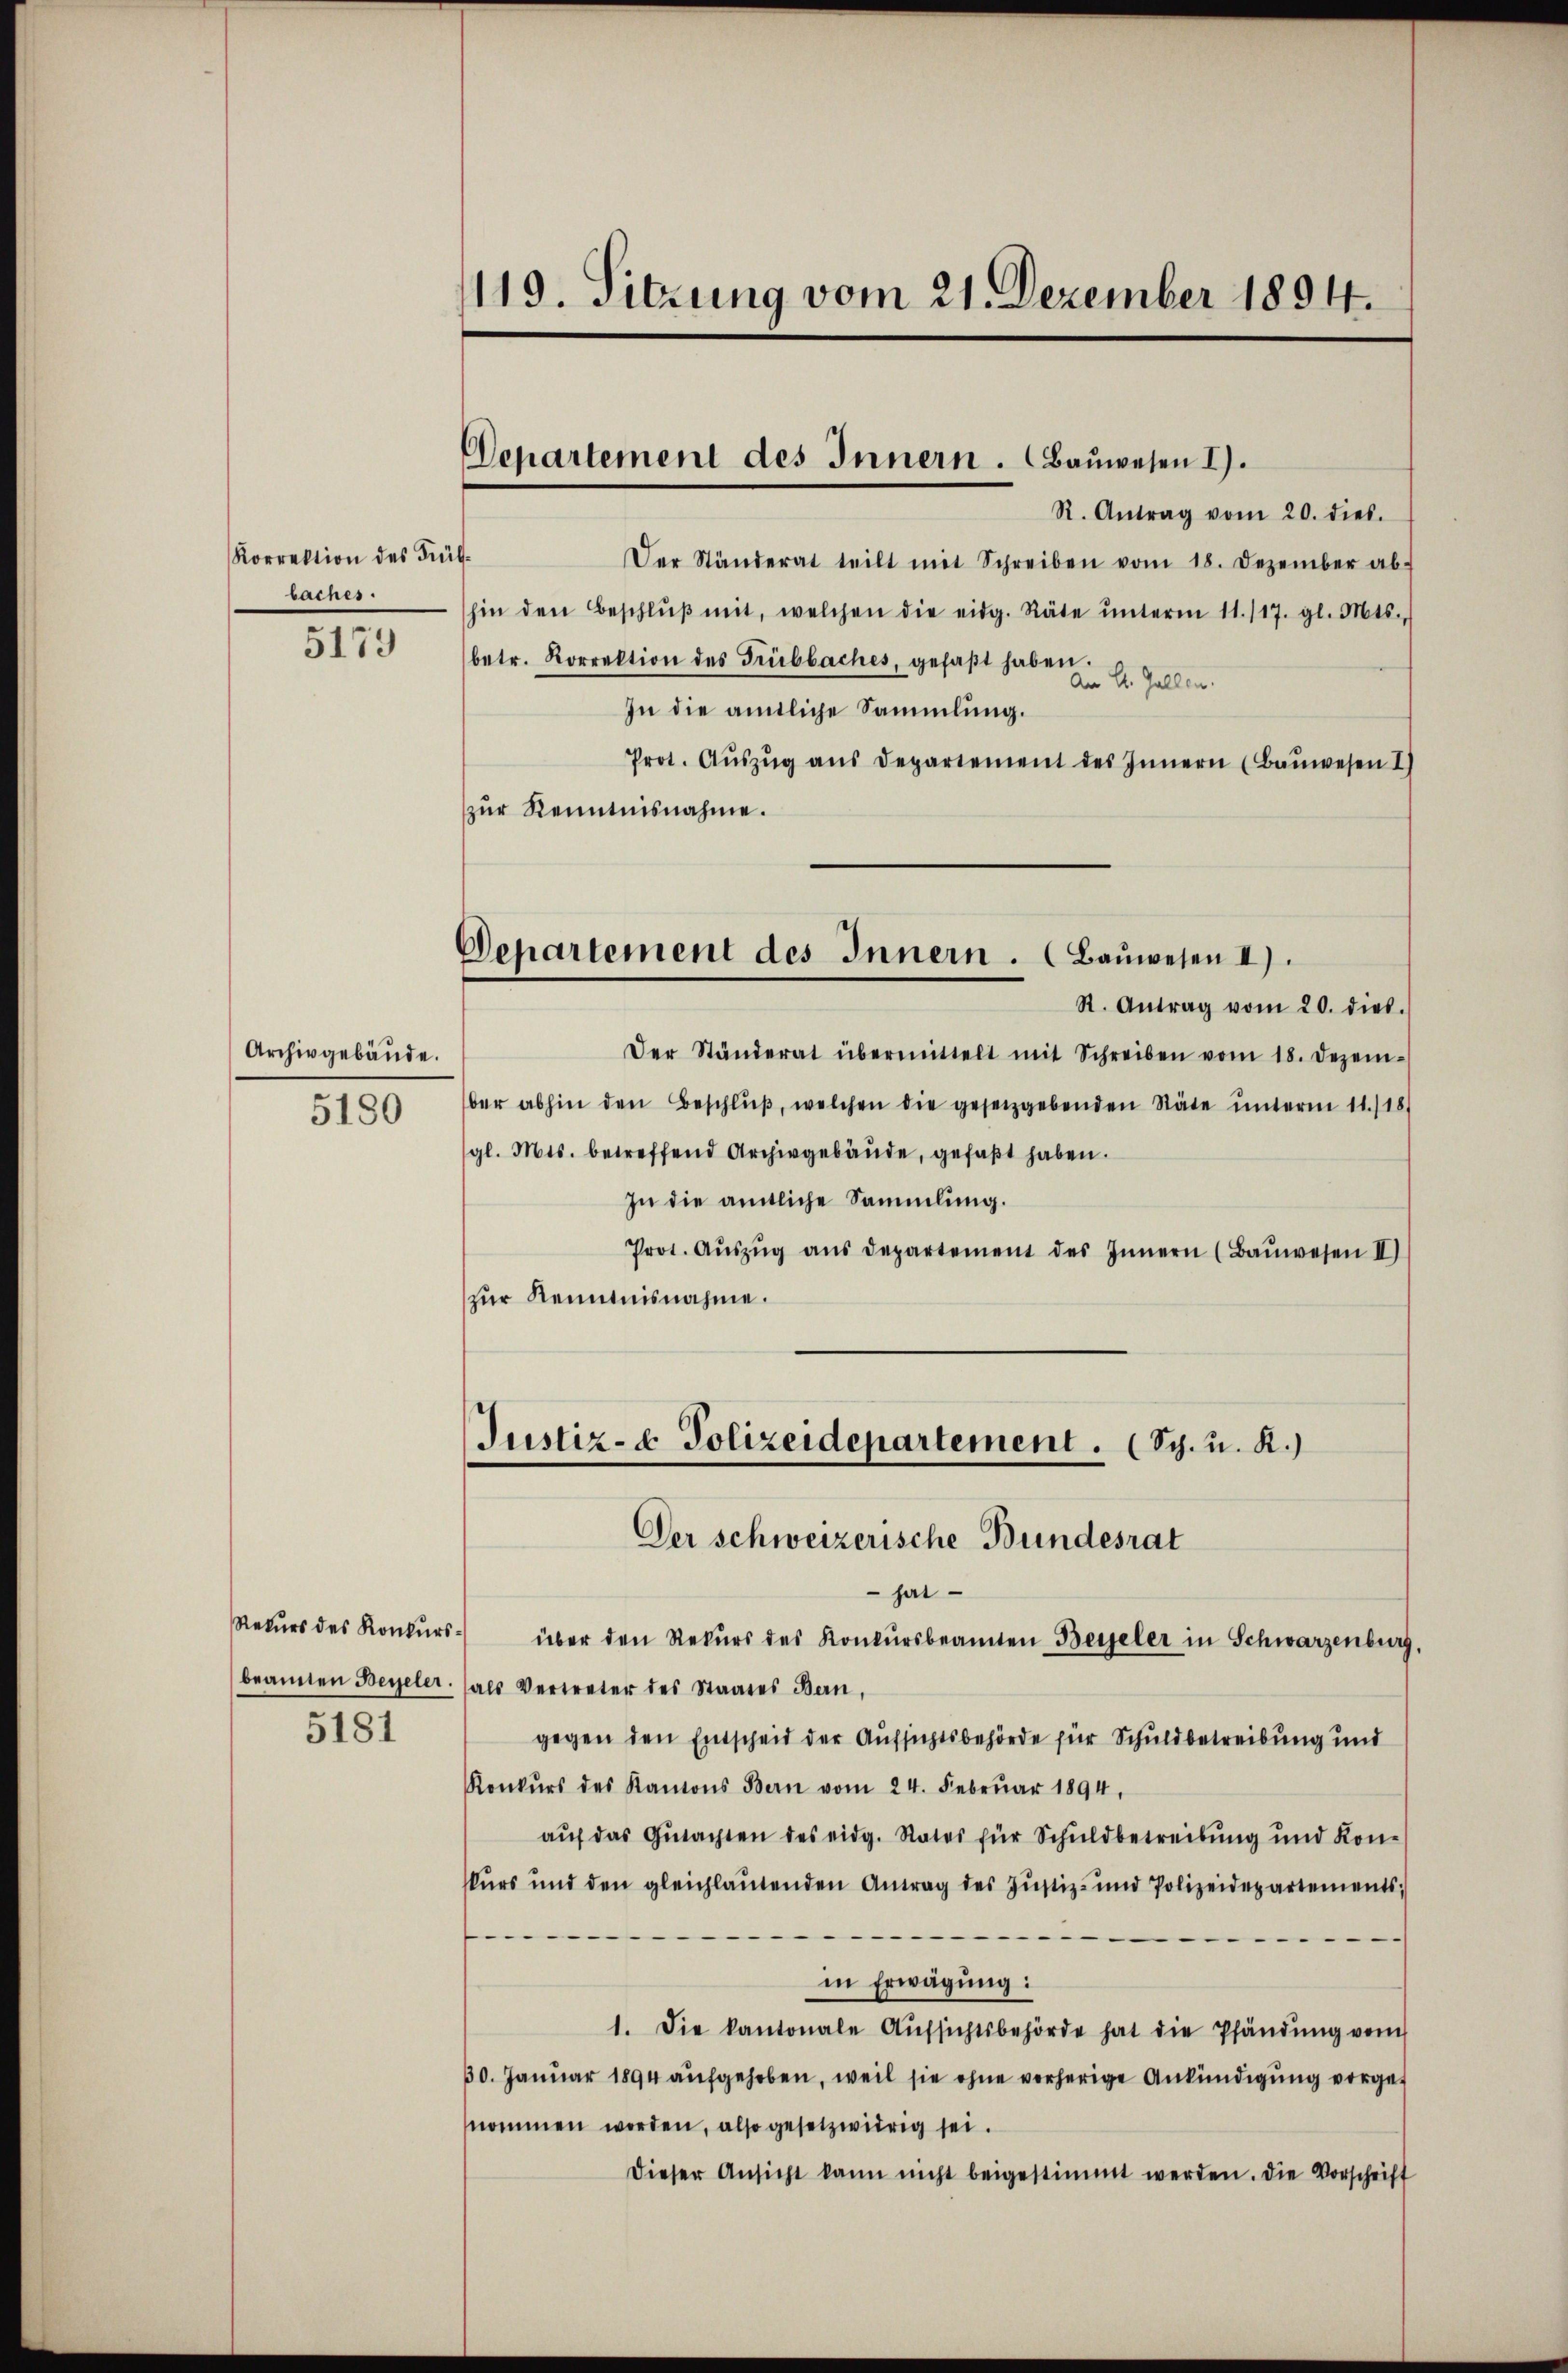
Korrektion des Frü
baches.

5179

Archivgebäŭde.
5180

Rekurs des Konkurs
beamten Beyeler.
5181

1119. Sitzung vom 21. Dezember 1894.

Departement des Innern. Bauwesen I.

R. Antrag vom 20. dies.
¬
Der Ständerat teilt mit Schreiben vom 18. Dezember ab-
hin den Beschlŭβ mit, welchen die eidg. Räte ŭnterm 11. 117. gl. Mts.,
(betr. Korrektion des Trübbaches, gefaβt haben.
An St. Gallen.
In die amtliche Sammlung.
Prot. Aŭszŭg aŭs Departement des Innern (Bauwesen I
zur Kenntnisnahme.
Der Ständerat übermittelt mit Schreiben vom 18. Dezem-
ber abhin den Beschlŭβ, welchen die gesetzgebenden Stäte ŭnterm 11./18)
gl. Mts. betreffend Archivgebäŭde, gefaßt haben.
In die amtliche Sammlung.
Prot. Aŭszŭg aŭs departement des Innern (Baŭwesen II)
zur Kenntnisnahme.
Justiz- & Polizeidepartement. (Sch. u. R.)
Der schweizerische Bundesrat
hat
über den Rekŭrs des Konkursbeamten Beyeler in Schwarzenburg,
als Vertreter des Staates Bern,
gegen den Entscheid der Aufsichtsbehörde für Schuldbetreibung und
Konkŭrs des Kantons Bern vom 24. Febrŭar 1894,
aŭf das Gŭtachten des eidg. Rates für Schuldbetreibung und Kon-
skurs und den gleichlautenden Antrag des Justiz- und Polizeidepartements;
f
in Erwägung:
1. Die kantonale Aŭfsichtsbehörde hat die Pfändung vom
30. Januar 1894 aufgehoben, weil sie ohne vorherige Ankündigung vorgenommen worden, also gesetzwidrig sei.
dieser Ansicht kann nicht beigestimmt werden. Die Vorschrift

Departement des Innern. (Baŭwesen II).
St. Antrag vom 20. dies.